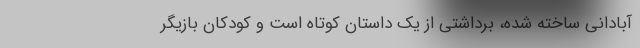
آبادانی ساخته شده، برداشتی از یک داستان کوتاه است و کودکان بازیگر